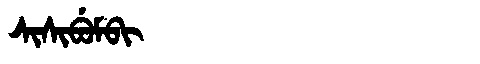
Manchu: ᠰᡳᠰᡳᠪᡠᠮᠪᡳ
Romanization: SISIBUMBI